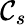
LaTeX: \mathcal{C}_{s}